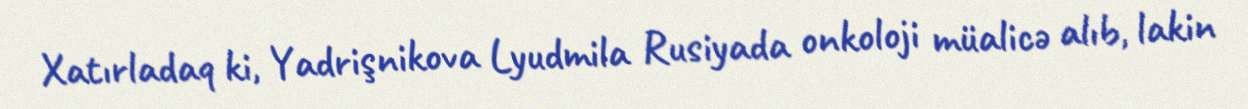
Xatırladaq ki, Yadrişnikova Lyudmila Rusiyada onkoloji müalicə alıb, lakin